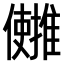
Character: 𫤄